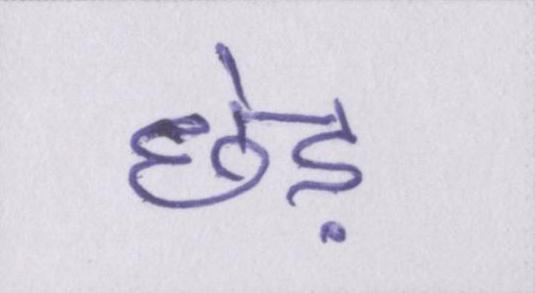
छेड़